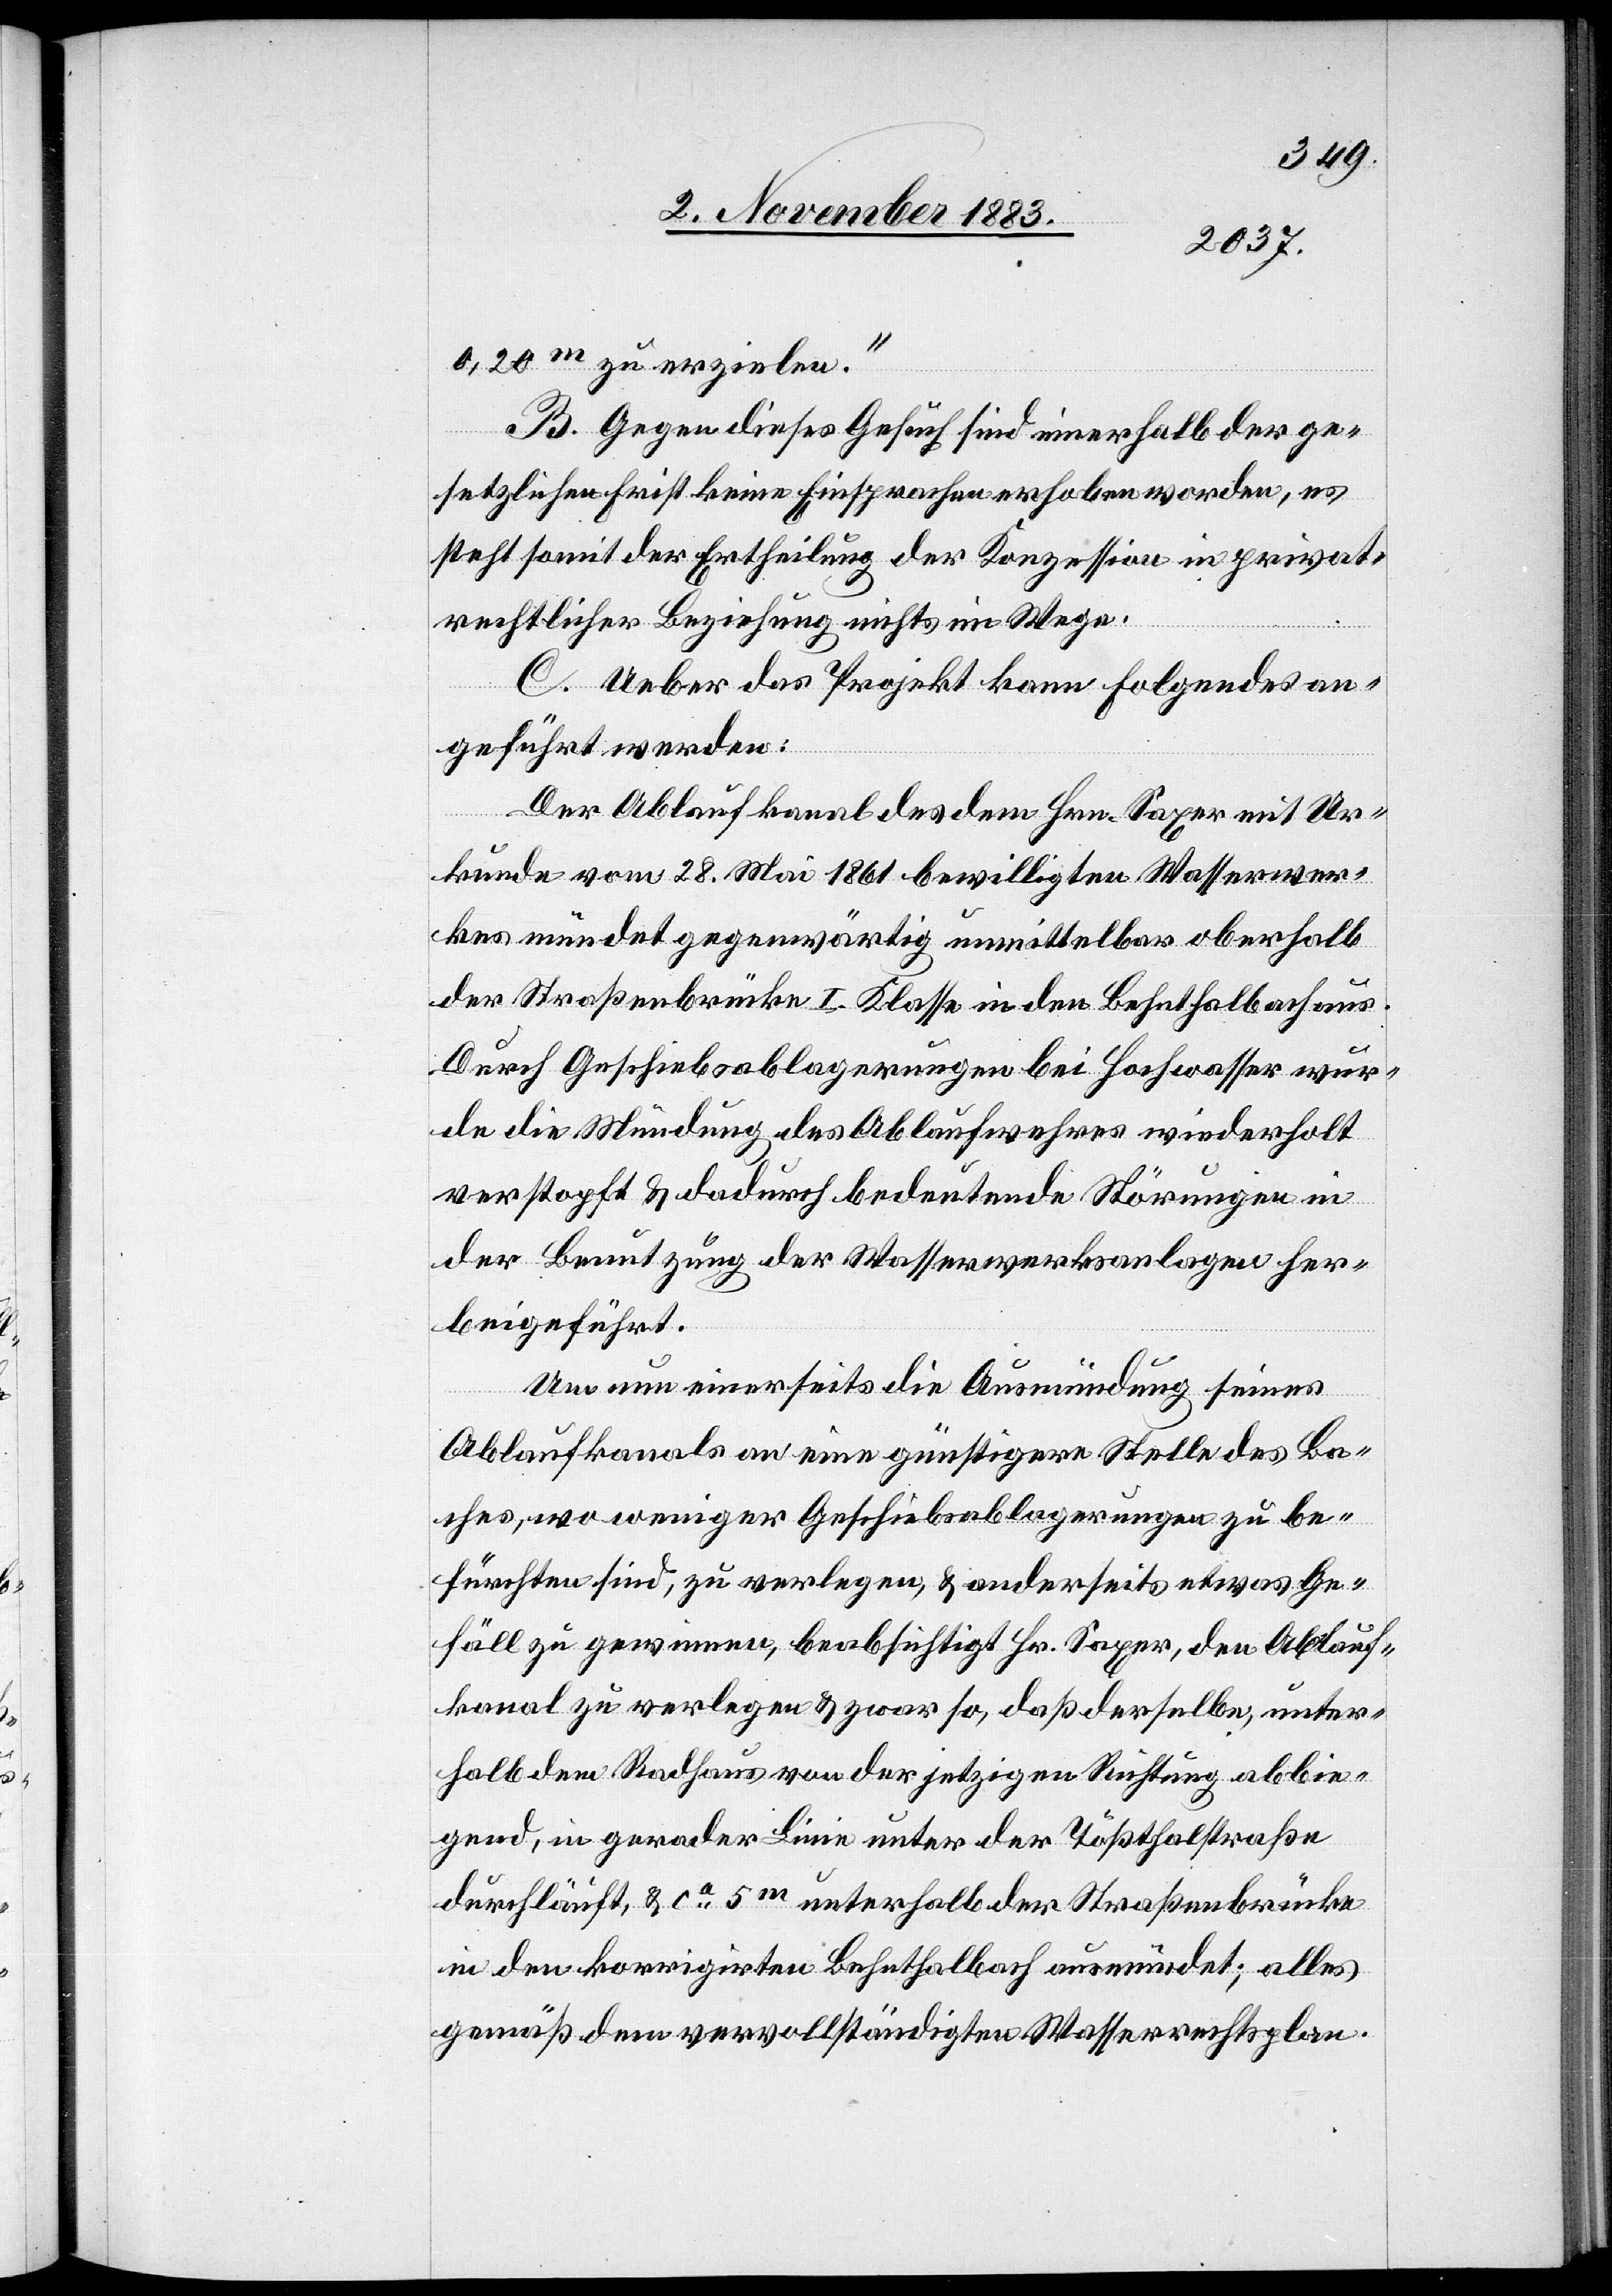
0,20 m zu erzielen.“
B. Gegen dieses Gesuch sind innerhalb der ge¬
setzlichen Frist keine Einsprachen erhoben worden, es
steht somit der Ertheilung der Konzession in privat¬
rechtlicher Beziehung nichts im Wege.
C. Ueber das Projekt kann folgendes an¬
unter¬
geführt werden:
Der Ablaufkanal des dem Hrn. Saxer mit Ur¬
kunde vom 28. Mai 1861 bewilligten Wasserwer¬
kes mündet gegenwärtig unmittelbar oberhalb
der Straßenbrücke I. Klasse in den Behnthalbach aus.
Durch Geschiebsablagerungen bei Hochwasser wur¬
de die Mündung des Ablaufwehres wiederholt
verstopft & dadurch bedeutende Störungen in
der Benutzung de Wasserwerksanlagen her¬
beigeführt.
Um nun einerseits die Ausmündung seines
Ablaufkanals an eine günstigere Stelle des Ba¬
ches, wo weniger Geschiebsablagerungen zu be¬
fürchten sind, zu verlegen & zwar so, daß de¬
halb dem Radhaus von der jetzigen Richtung abbie¬
gend, in gerader Linie unter der Tößthalstraße
durchläuft, & ca 5 m unterhalb der Straßenbrücke
in der korrigirten Behnthalbach ausmündet; alles
gemäß dem vervollständigten Wasserrechtsplan.